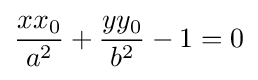
{\frac {xx_{0}}{a^{2}}}+{\frac {yy_{0}}{b^{2}}}-1=0